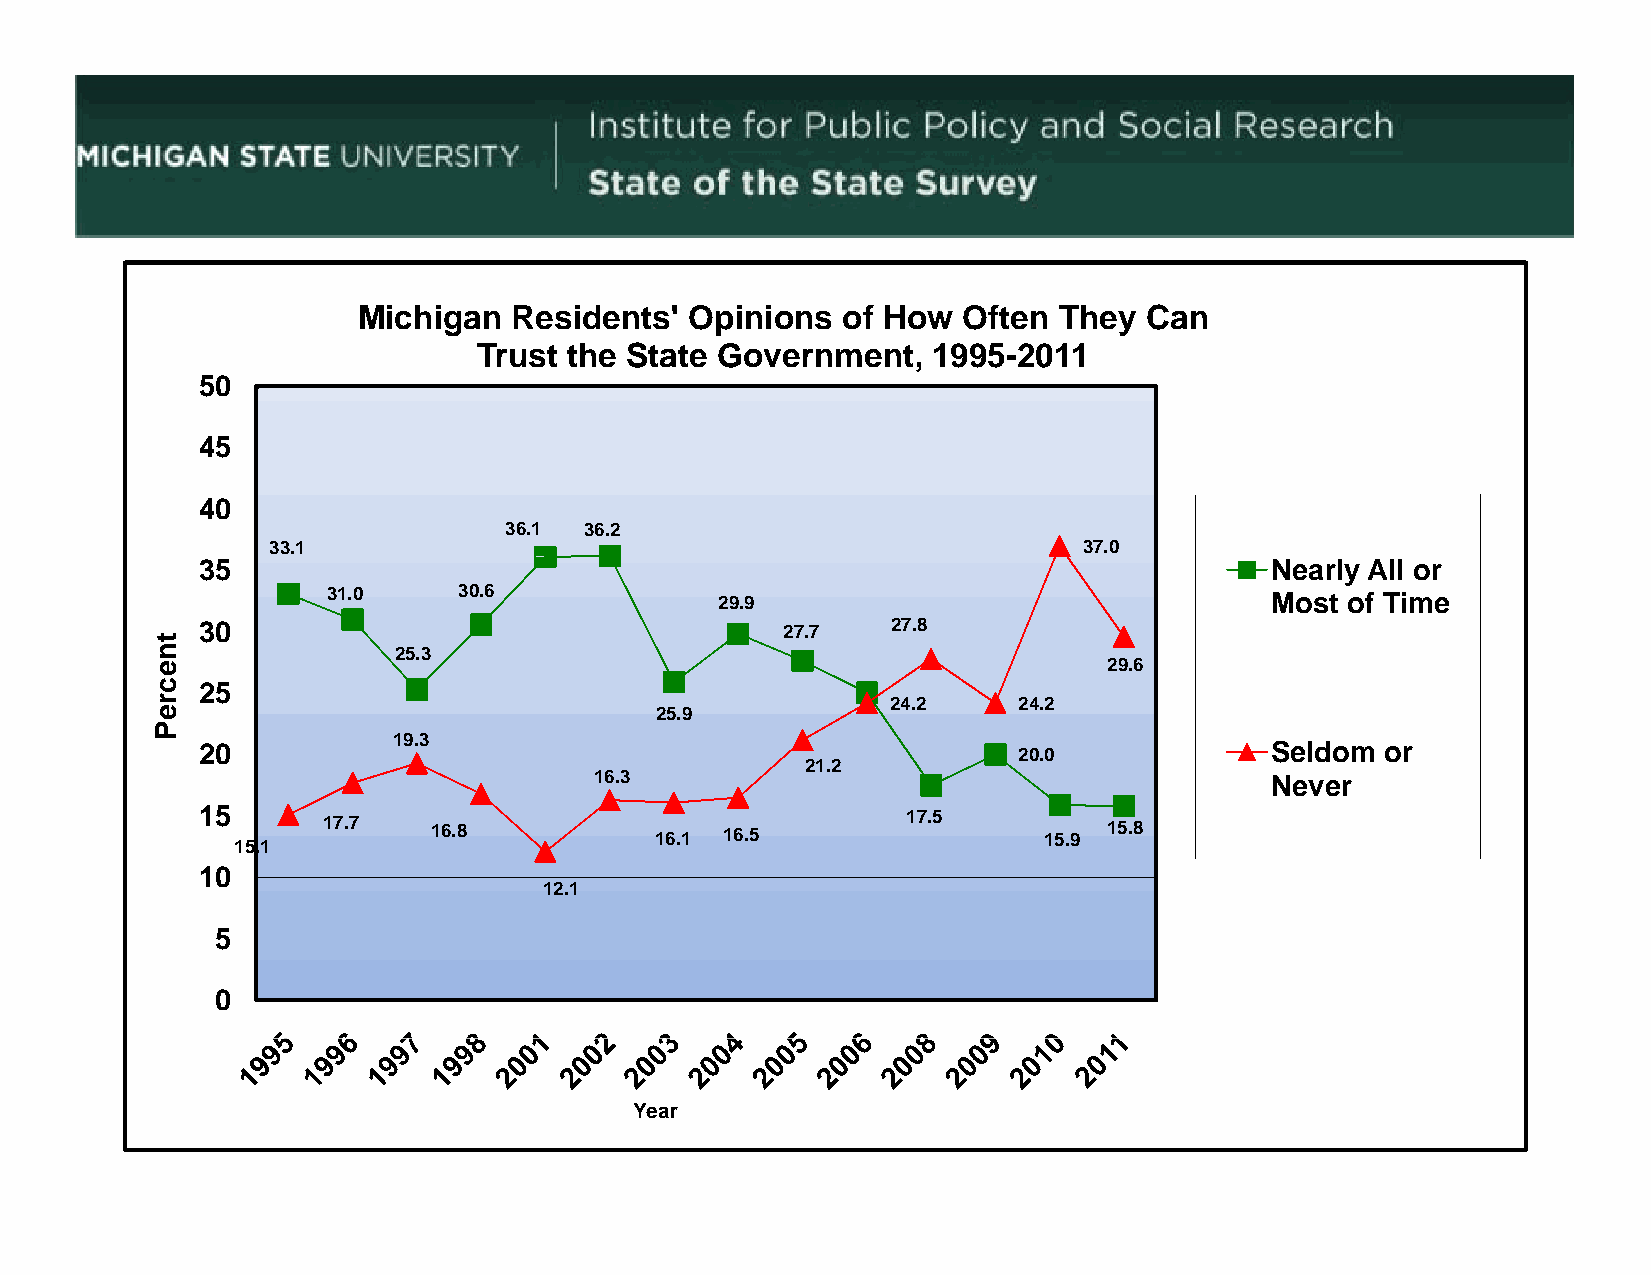
Michigan  Residents'  Opinions  of How  Often They  Can
 Trust the State Government,   1995-2011
 5500
 45
 40
 36.1  36.2
 33.1                                                  37.0
 35                                                                     Nearly All or
 31.0    30.6              29.9                                Most of Time
 30                                     27.7   27.8
 25.3
 29.6
 25
 24.2    24.2
 2255..99
 19.3
 20                                                    20.0             Seldom  or
 21.2
 16.3                                         Never
 15      17.7   16.8           16.1 16.5        17.5     15.9 15.8
 15.1
 1100
 12.1
 5
 0
 Year
 tnecreeP